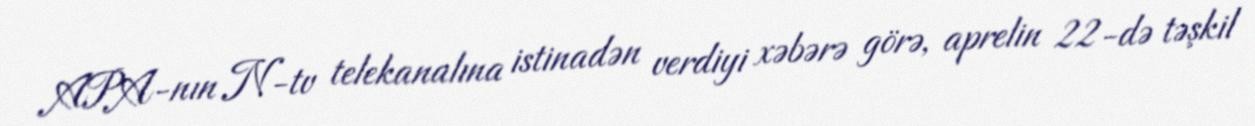
APA-nın N-tv telekanalına istinadən verdiyi xəbərə görə, aprelin 22-də təşkil